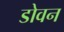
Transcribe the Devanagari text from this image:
डोवन